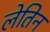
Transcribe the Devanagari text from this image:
लेतिन